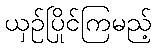
ယှဉ်ပြိုင်ကြမည့်